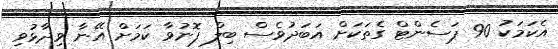
އެކަމަކު 90 ޕަސެންޓް ގެތަކަށް އަަބަދުވެސް ބިލް ފޮނުވާ ކަމަށް އޭނާ ވިދާޅުވި